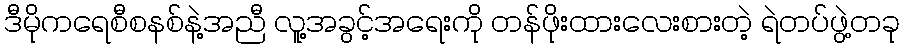
ဒီမိုကရေစီစနစ်နဲ့အညီ လူ့အခွင့်အရေးကို တန်ဖိုးထားလေးစားတဲ့ ရဲတပ်ဖွဲ့တခု